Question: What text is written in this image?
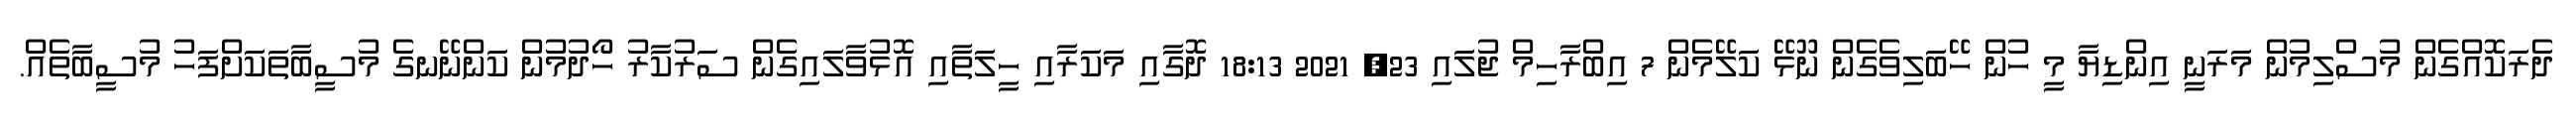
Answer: ދެރަކޮއްގެން މުސްލިމުން މަރަނީ އިންޑިޔާ މީ ހުން ހޭބަލިވެގެން ނޫޅޭ ކަލޭމެން 7 އިބްރާހިމް ޖުލައި 23, 2021 18:13 ދޮގާއި މަކަރާއި ހީލަތާއި އޮޅުވާލައިގެން ސަރުކާރު ހޯދުމުން ކަންނޭނގެ މުސީބާތަކަށްފަހު މުސީބާތެއް.